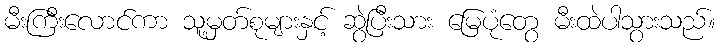
မီးကြီးလောင်ကာ သူ့မှတ်စုများနှင့် ဆွဲပြီးသား မြေပုံတွေ မီးထဲပါသွားသည်။